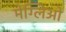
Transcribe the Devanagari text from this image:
मेग्लिओ